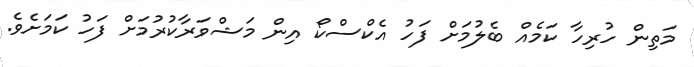
މަތިން ހުރިހާ ކަމެއް ބެލުމަށް ފަހު އެކްސްކޯ އިން މަޝްވަރާކުރުމަށް ފަހު ކަމަށެވެ.